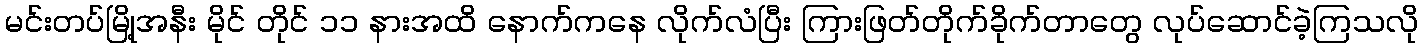
မင်းတပ်မြို့အနီး မိုင် တိုင် ၁၁ နားအထိ နောက်ကနေ လိုက်လံပြီး ကြားဖြတ်တိုက်ခိုက်တာတွေ လုပ်ဆောင်ခဲ့ကြသလို